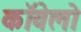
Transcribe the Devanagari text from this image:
कॉवेलो